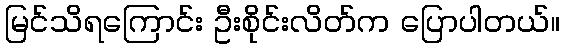
မြင်သိရကြောင်း ဦးစိုင်းလိတ်က ပြောပါတယ်။